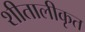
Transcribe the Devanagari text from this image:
शीतालीकृत